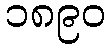
၁၈၉၀